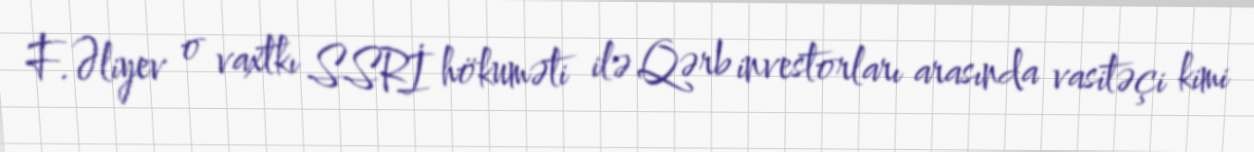
F.Əliyev o vaxtkı SSRİ hökuməti ilə Qərb investorları arasında vasitəçi kimi